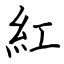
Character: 紅